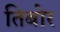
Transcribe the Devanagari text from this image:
तिबोर